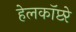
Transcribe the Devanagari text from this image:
हेलकॉप्टरे